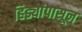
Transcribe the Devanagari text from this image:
हिड्यांपासून